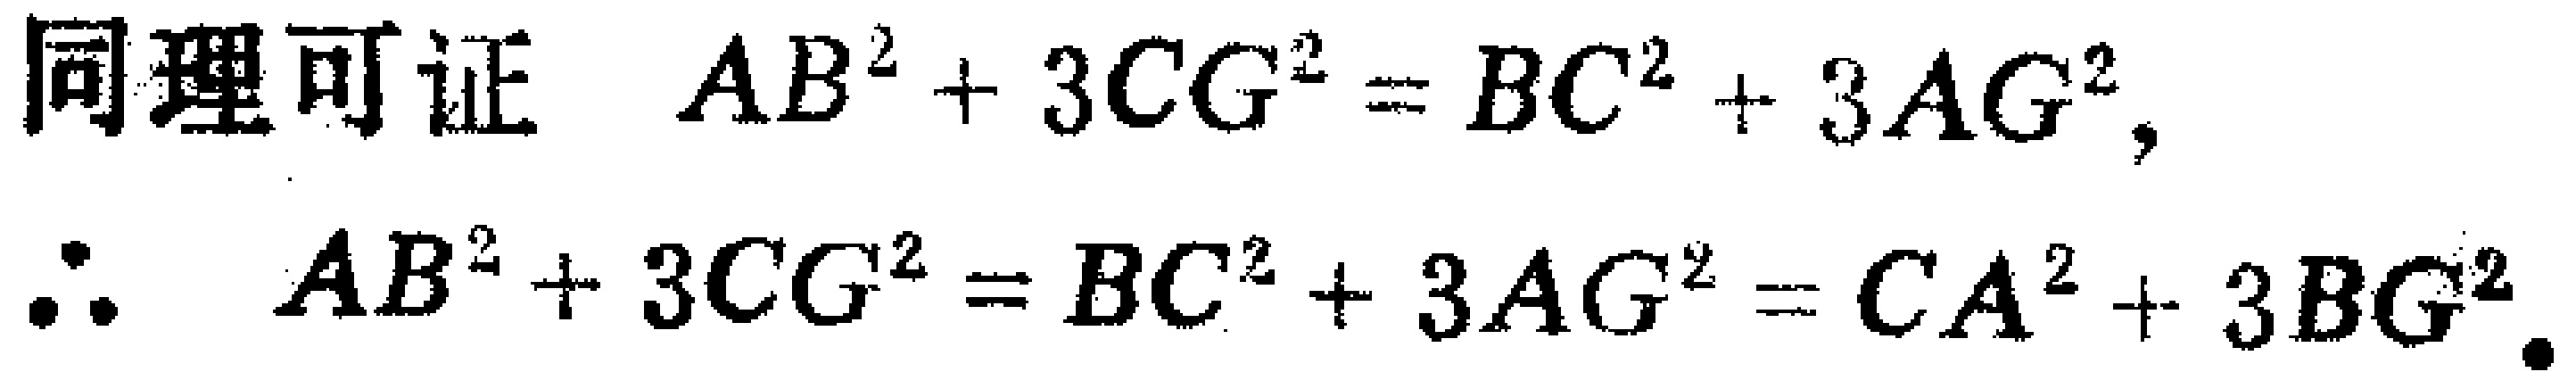
同理可证 \(AB^{2}+3CG^{2}=BC^{2}+3AG^{2},\)
\(\therefore AB^{2}+3CG^{2}=BC^{2}+3AG^{2}=CA^{2}+3BG^{2}.\)